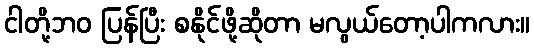
ငါတို့ဘဝ ပြန်ပြီး စနိုင်ဖို့ဆိုတာ မလွယ်တော့ပါကလား။